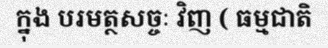
ក្នុង បរមត្ថសច្ចៈ វិញ ( ធម្មជាតិ